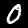
Label: 0